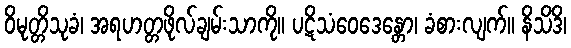
ဝိမုတ္တိသုခံ၊ အရဟတ္တဖိုလ်ချမ်းသာကို။ ပဋိသံဝေဒေန္တော၊ ခံစားလျက်။ နိသိဒိ၊